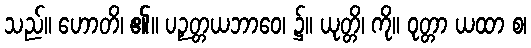
သည်။ ဟောတိ၊ ၏။ ပဉှတ္တယဘာဝေ၊ ၌။ ယုတ္တိ၊ ကို။ ဝုတ္တာ ယထာ စ၊